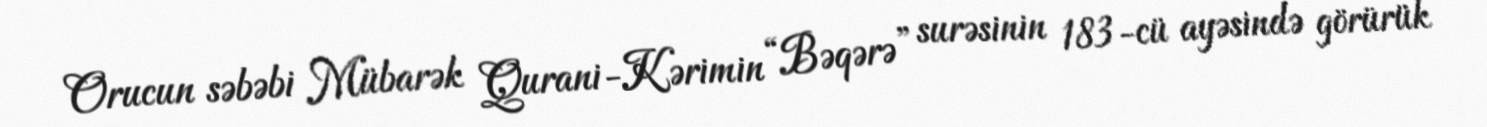
Orucun səbəbi Mübarək Qurani-Kərimin “Bəqərə” surəsinin 183-cü ayəsində görürük